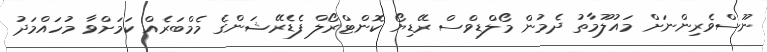
ނޫސްވެރިންނަށް މައުލޫމާތު ދެމުން މޯލްޑިވްސް ރޭޑިޔޯ ކޮންޓްރޯލް ފެޑެރޭޝަންގެ މެމްބަރެއް ކަމަށްވާ މުހައްމަދު